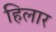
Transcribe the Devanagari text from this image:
हिलार